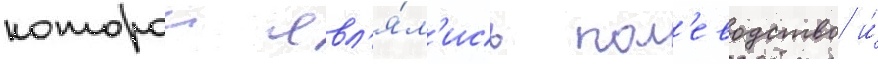
которои явл'я́л'ись пол'еводство и́